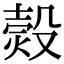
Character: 㷤